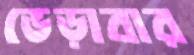
ভেড়াবার